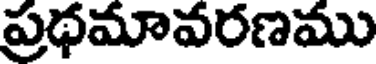
ప్రథమావరణము